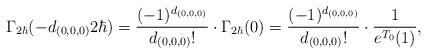
LaTeX: \begin{align*}\Gamma_{2\hbar}(-d_{(0,0,0)}2\hbar)&=\frac{(-1)^{d_{(0,0,0)}}}{d_{(0,0,0)}!}\cdot\Gamma_{2\hbar}(0)=\frac{(-1)^{d_{(0,0,0)}}}{d_{(0,0,0)}!}\cdot \frac{1}{e^{T_0}(1)}, \end{align*}